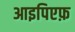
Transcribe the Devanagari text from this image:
आइपिएफ़